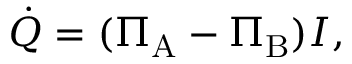
{ \dot { Q } } = ( \Pi _ { \mathrm { A } } - \Pi _ { \mathrm { B } } ) I ,